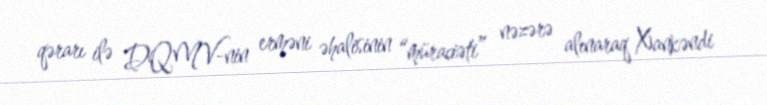
qərarı ilə DQMV-nin erməni əhalisinin “müraciəti” nəzərə alınaraq Xankəndi